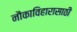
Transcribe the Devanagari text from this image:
नौकाविहारासाठी